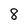
Character: 8